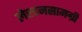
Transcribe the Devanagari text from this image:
लेखनसामग्री